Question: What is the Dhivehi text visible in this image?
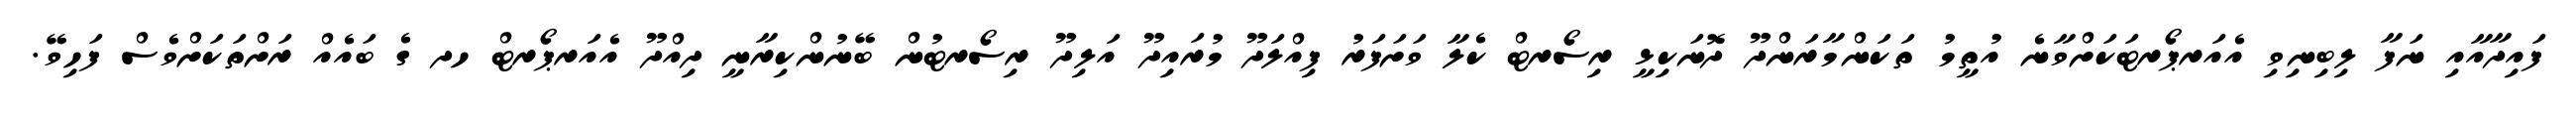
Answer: ފައިދާއާއި ނަފާ ލިބިނިވި އެއަރޕޯރޓަކަށްވާނެ އުތީމު ތަކަންމާރަންދޫ ދޮނަކިޅީ ރިސޯރޓް ކެލާ ވަށަފަރު ފިއްލަދޫ މުރައިދޫ އަލިދޫ ރިސޯރޓުން ބޭނުންކިރާނީ ދިއްދޫ އެއަރޕޯރޓް ހދ ގެ ބައެއް ރަށްތަކަށްވެސް ފަހިވޭ.